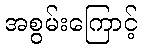
အစွမ်းကြောင့်